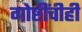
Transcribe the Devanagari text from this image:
गोष्टींचीही